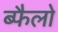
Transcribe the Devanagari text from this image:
ब्फैलो